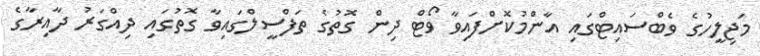
މަޖިލީހުގެ ވެބްސައިޓްގައި އާންމުކޮށްފައިވާ ވޯޓް ދިން ގޮތުގެ ތަފްސީލްގައިވާ ގޮތުގައި ދިއްގަރު ދާއިރާގެ